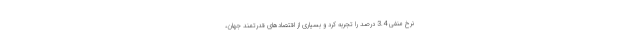
نرخ منفی 3.4 درصد را تجربه کرد و بسیاری از اقتصادهای قدرتمند جهان،